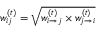
w _ { i j } ^ { ( t ) } = \sqrt { w _ { i \rightarrow j } ^ { ( t ) } \times w _ { j \rightarrow i } ^ { ( t ) } }